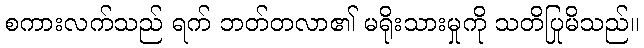
စကားလက်သည် ရက် ဘတ်တလာ၏ မရိုးသားမှုကို သတိပြုမိသည်။